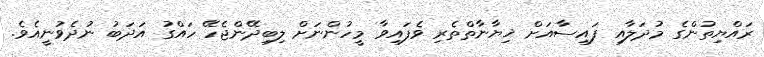
ރައްޔިތުންގެ މުދަލާއި ފައިސާއަށް ޚިޔާނާތްތެރި ވެފައިވާ މީހުންނަށް ލިބިދޭންޖެހޭ ހައްގު އަދަބު ނުދެވުނީއެވެ.